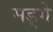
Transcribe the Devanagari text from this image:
मड्गे